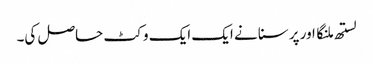
لستھ ملنگا اور پرسنا نے ایک ایک وکٹ حاصل کی۔